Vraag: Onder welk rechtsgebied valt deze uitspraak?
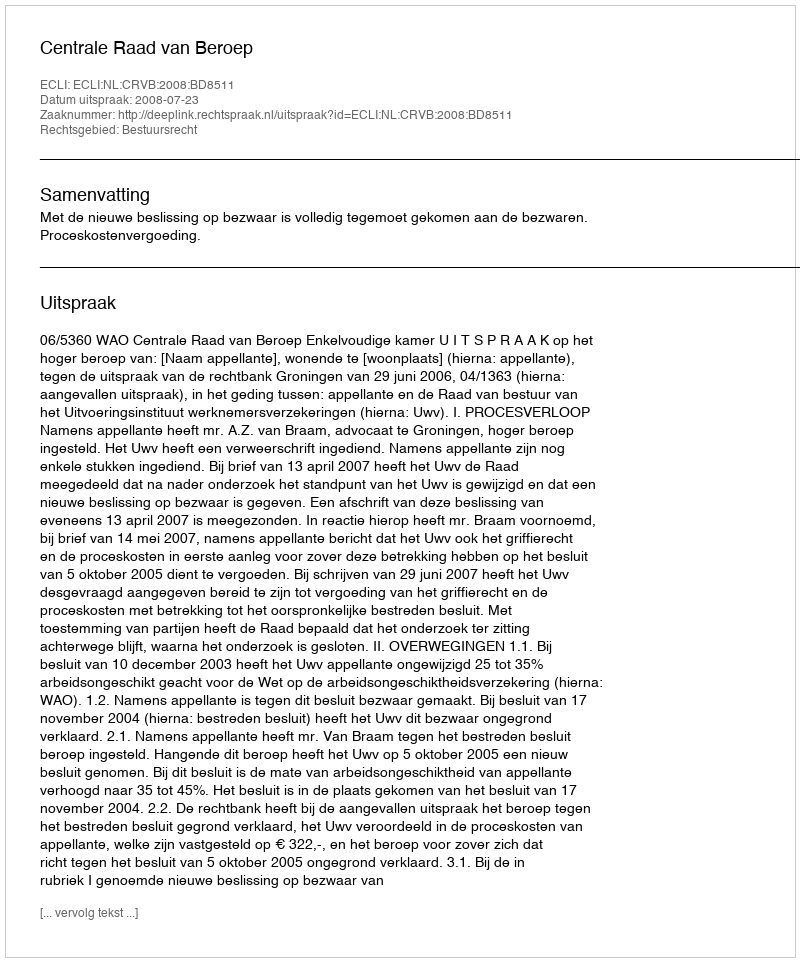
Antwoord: Bestuursrecht